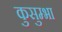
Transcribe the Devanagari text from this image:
कुसुम्भा